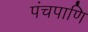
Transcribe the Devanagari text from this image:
पंचपाणि